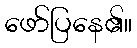
ဖော်ပြနေ၏။